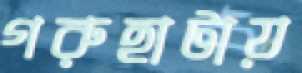
গরুহাটায়